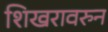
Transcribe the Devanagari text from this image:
शिखरावरुन